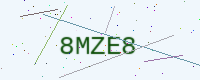
Text: 8MZE8